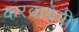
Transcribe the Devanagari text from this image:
करवायेगी।